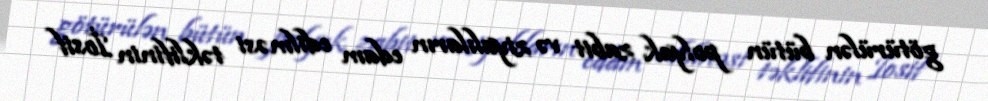
götürülən bütün polyak zabit və ziyalıların edam edilməsi təklifinin İosif